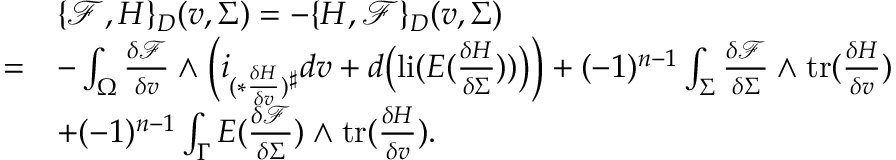
\begin{array} { r l } & { \{ \mathcal { F } , H \} _ { D } ( v , \Sigma ) = - \{ H , \mathcal { F } \} _ { D } ( v , \Sigma ) } \\ { = } & { - \int _ { \Omega } \frac { \delta \mathcal { F } } { \delta v } \wedge \Big ( i _ { ( \ast \frac { \delta H } { \delta v } ) ^ { \sharp } } d v + d \big ( \mathrm { l i } ( E ( \frac { \delta H } { \delta \Sigma } ) ) \big ) \Big ) + ( - 1 ) ^ { n - 1 } \int _ { \Sigma } \frac { \delta \mathcal { F } } { \delta \Sigma } \wedge \mathrm { t r } ( \frac { \delta H } { \delta v } ) } \\ & { + ( - 1 ) ^ { n - 1 } \int _ { \Gamma } E ( \frac { \delta \mathcal { F } } { \delta \Sigma } ) \wedge \mathrm { t r } ( \frac { \delta H } { \delta v } ) . } \end{array}